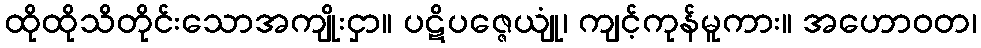
ထိုထိုသိတိုင်းသောအကျိုးငှာ။ ပဋိပဇ္ဇေယျုံ၊ ကျင့်ကုန်မူကား။ အဟောဝတ၊